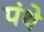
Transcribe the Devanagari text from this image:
पंथे